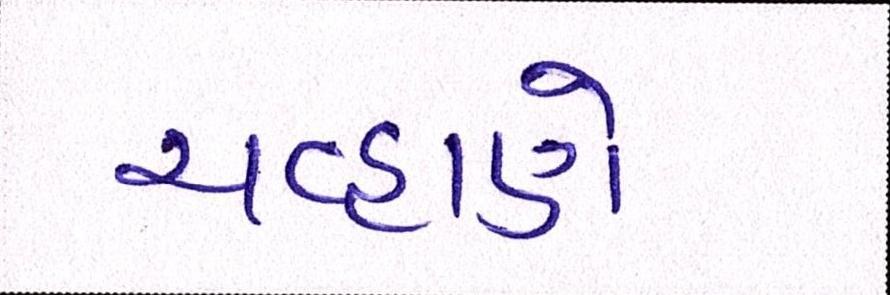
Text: ચવ્હાણે